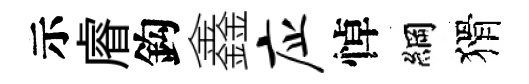
示𥈠鈎鑫应悼綱猾